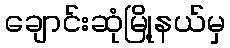
ချောင်းဆုံမြို့နယ်မှ